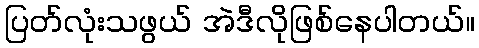
ပြတ်လုံးသဖွယ် အဲဒီလိုဖြစ်နေပါတယ်။